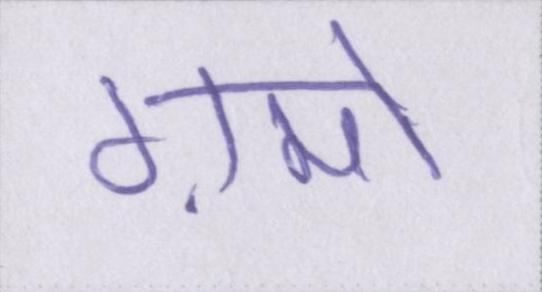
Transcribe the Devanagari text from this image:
ग़मों